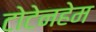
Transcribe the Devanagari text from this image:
टोटेनहेम